Indian journal of veterinary science and animal husbandry - Volumes 24-25, 1954-1955
Year: 1954
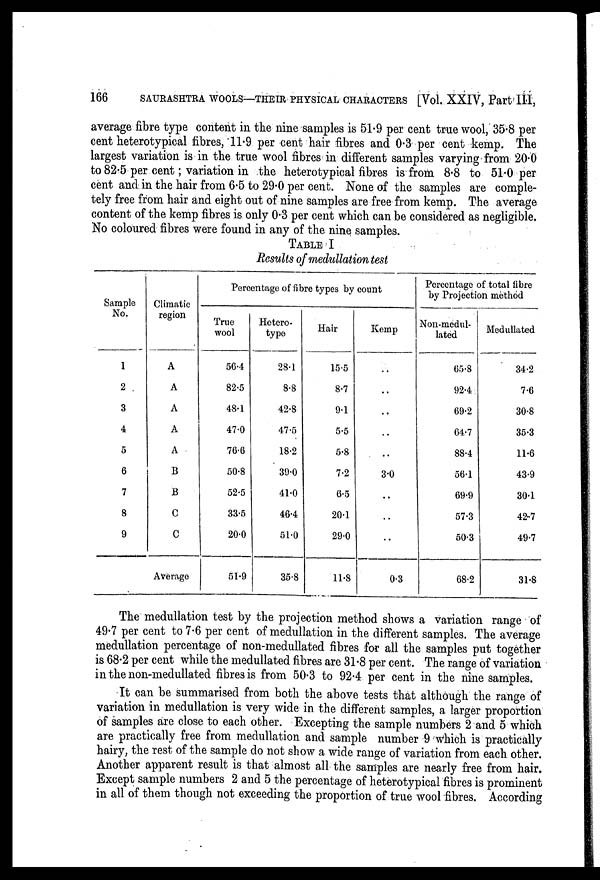
166
SAURASHTRA WOOLS—THEIR PHYSICAL CHARACTERS [Vol. XXIV, Part III,
average fibre type content in the nine samples is 51.9 per cent true wool, 35.8 per
cent heterotypical fibres, 11.9 per cent hair fibres and 0.3 per cent kemp. The
largest variation is in the true wool fibres in different samples varying from 20.0
to 82.5 per cent; variation in the heterotypical fibres is from 8.8 to 51.0 per
cent and in the hair from 6.5 to 29.0 per cent. None of the samples are comple-
tely free from hair and eight out of nine samples are free from kemp. The average
content of the kemp fibres is only 0.3 per cent which can be considered as negligible.
No coloured fibres were found in any of the nine samples.
TABLE I
Results of medullation test
Sample
No.
1
2
3
4
5
6
7
8
9
Climatic
region
A
A
A
A
A
B
B
C
C
Average
Percentage of fibre types by count
True
wool
56.4
82.5
48.1
47.0
76.6
50.8
52.5
33.5
20.0
51.9
Hctero-
type
28.1
8.8
42.8
47.5
18.2
39.0
41.0
46.4
51.0
35.8
Hair
15.5
8.7
9.1
5.5
5.8
7.2
6.5
20.1
29.0
11.8
Kemp
..
..
..
..
..
3.0
..
..
..
0.3
Percentage of total fibre
by Projection method
Non-medul-
lated
65.8
92.4
69.2
64.7
88.4
56.1
69.9
57.3
50.3
68.2
Medullated
34.2
7.6
30.8
35.3
11.6
43.9
30.1
42.7
49.7
31.8
The medullation test by the projection method shows a variation range of
49.7 per cent to 7.6 per cent of medullation in the different samples. The average
medullation percentage of non-medullated fibres for all the samples put together
is 68.2 per cent while the medullated fibres are 31.8 per cent. The range of variation
in the non-medullated fibres is from 50.3 to 92.4 per cent in the nine samples.
It can be summarised from both the above tests that although the range of
variation in medullation is very wide in the different samples, a larger proportion
of samples are close to each other. Excepting the sample numbers 2 and 5 which
are practically free from medullation and sample number 9 which is practically
hairy, the rest of the sample do not show a wide range of variation from each other.
Another apparent result is that almost all the samples are nearly free from hair.
Except sample numbers 2 and 5 the percentage of heterotypical fibres is prominent
in all of them though not exceeding the proportion of true wool fibres. According